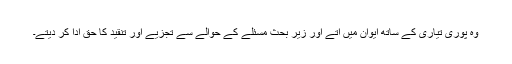
وہ پوری تیاری کے ساتھ ایوان میں آتے اور زیرِ بحث مسئلے کے حوالے سے تجزیے اور تنقید کا حق ادا کر دیتے۔